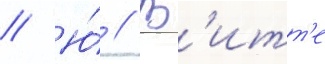
// Ю́ // В'итт'е